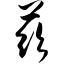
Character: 兹